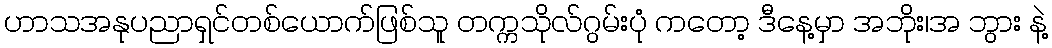
ဟာသအနုပညာရှင်တစ်ယောက်ဖြစ်သူ တက္ကသိုလ်ဂွမ်းပုံ ကတော့ ဒီနေ့မှာ အဘိုး၊အ ဘွား နဲ့